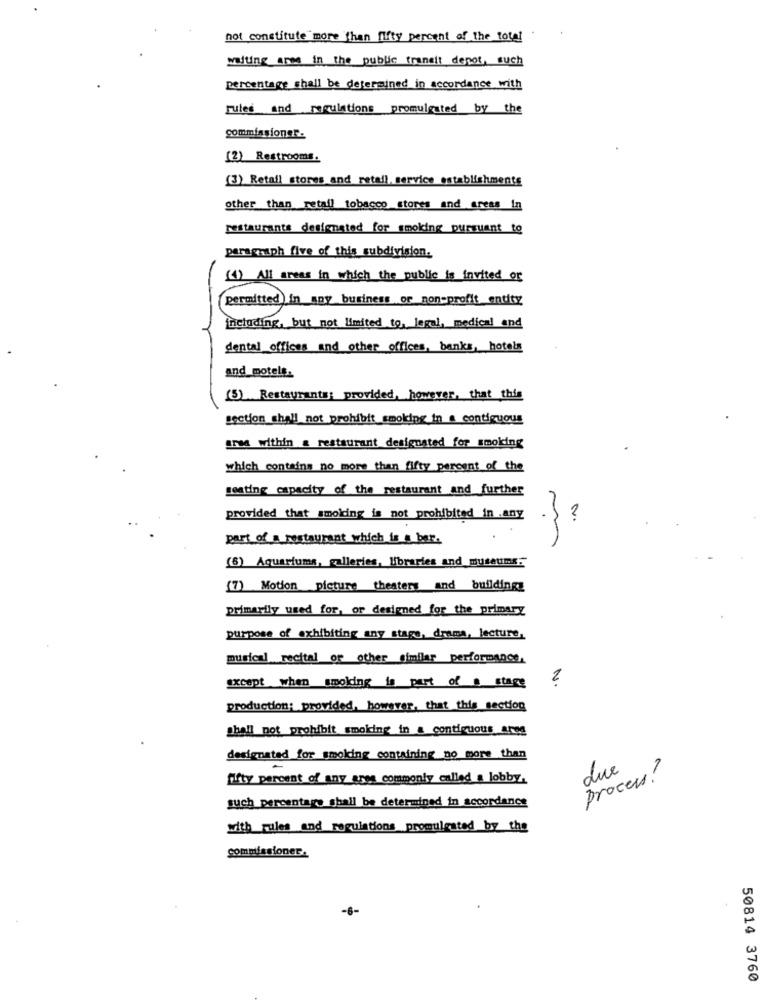
not constitute more than fifty percent of the total
waiting area in the public transit depot, such
percentage shall be determined in accordance with
rules and regulations promulgated by the
commissioner-
(2) Restrooms.
(3) Retail stores and retail, service establishments
other than retail tobacco stores and areas in
restaurants designated for smoking pursuant to
paragraph five of this subdivision.
(1) All areas in which the public is invited or
permitted ) in any business or non-profit entity
including, but not limited to, legal, medical and
dental offices and other offices, banks, hotels
and_motels.
(5) Restaurants: provided, however, that this
section shall not prohibit smoking in a contiguous
area within a restaurant designated for smoking
which contains no more than fifty percent of the
in
seating capacity of the restaurant and further
provided that smoking is not prohibited in .any
part of a restaurant which is a bar.
(8) Aquariums, galleries, libraries and museums.
(7) Motion picture theaters and buildings
primarily used for, or designed for the primary
purpose of exhibiting any stage, drama, lecture,
musical recital of other similar performance,
except when smolding is part of s stage
2
production: provided, however, that this section
shall not prohibit smoking in a contiguous ares
designated for smoking containing no more than
due
fifty percent of any aree commonly called a lobby.
process?
such percentage shall be determined in accordance
with sales and regulations promulgated by the
commissioner.
-6-
50814 3760